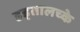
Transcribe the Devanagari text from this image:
हड्तालच्के